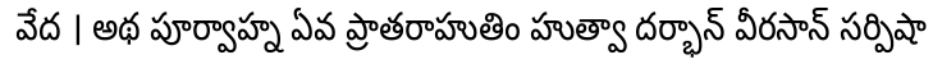
వేద । అథ పూర్వాహ్న ఏవ ప్రాతరాహుతిం హుత్వా దర్భాన్ వీరసాన్ సర్పిషా